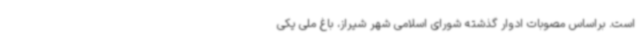
است. براساس مصوبات ادوار گذشته شورای اسلامی شهر شیراز، باغ ملی یکی